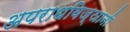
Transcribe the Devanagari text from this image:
अपराधविज्ञानी